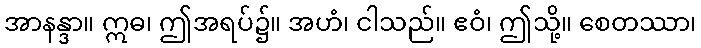
အာနန္ဒာ။ ဣဓ၊ ဤအရပ်၌။ အဟံ၊ ငါသည်။ ဧဝံ၊ ဤသို့။ စေတဿာ၊